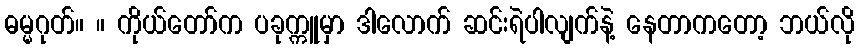
ဓမ္မဂုတ်။ ။ ကိုယ်တော်က ပခုက္ကူမှာ ဒါလောက် ဆင်းရဲပါလျက်နဲ့ နေတာကတော့ ဘယ်လို